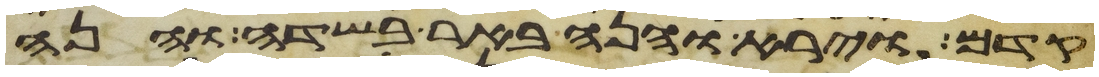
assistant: קדם וירא והנה באר בשדה והנה